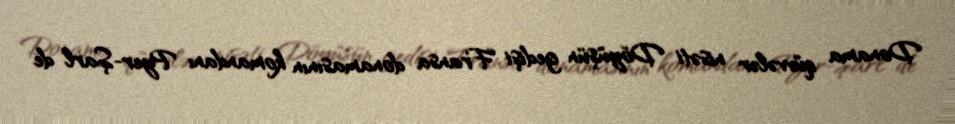
Donama qüvvələr nisəti Döyüşün gedişi Fransa donamasının komandanı Pyer-Şarl de